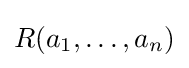
R(a_{1},\dots ,a_{n})